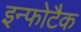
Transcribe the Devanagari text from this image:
इन्फोटैक